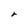
Character: r